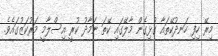
މިރޭ ހިފި ހަނދުކޭތައާ ގުޅިގެން މާލޭގައި ކޭތަ ނަމާދު ކުރީ އިސްލާމީ މަރުކަޒުގައެވެ.